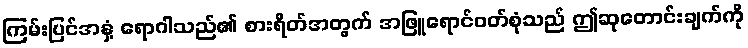
ကြမ်းပြင်အနှံ့ ရောဂါသည်၏ စားရိတ်အတွက် အဖြူရောင်ဝတ်စုံသည် ဤဆုတောင်းချက်ကို